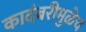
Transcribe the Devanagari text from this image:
कादंबरीमुळेच